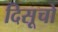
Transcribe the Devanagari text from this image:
दिसूचो